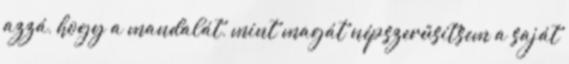
azzá, hogy a mandalát, mint magát népszerűsítsem a saját